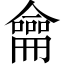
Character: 龠